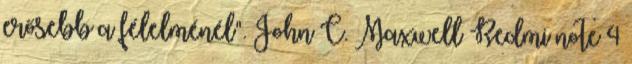
erősebb a félelménél". John C. Maxwell Redmi note 4